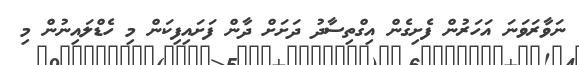
ނަވާރަވަނަ އަހަރުން ފެށިގެން އިގްތިސާދު ދަށަށް ދާން ފަށައިފިކަން މި ހެޑްލައިނުން މި